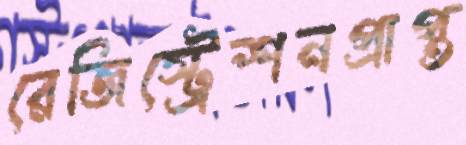
রেজিস্ট্রেশনপ্রাপ্ত